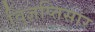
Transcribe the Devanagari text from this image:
वि्ज्ञप्तिसार